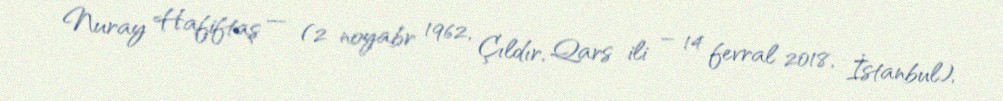
Nuray Hafiftaş — (2 noyabr 1962, Çıldır, Qars ili – 14 fevral 2018, İstanbul),